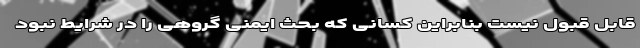
قابل قبول نیست بنابراین کسانی که بحث ایمنی گروهی را در شرایط نبود